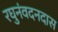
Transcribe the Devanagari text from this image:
रघुनंवदनदास